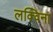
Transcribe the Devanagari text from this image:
लक्विना